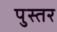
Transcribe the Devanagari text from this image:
पुस्तर